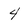
Character: 4